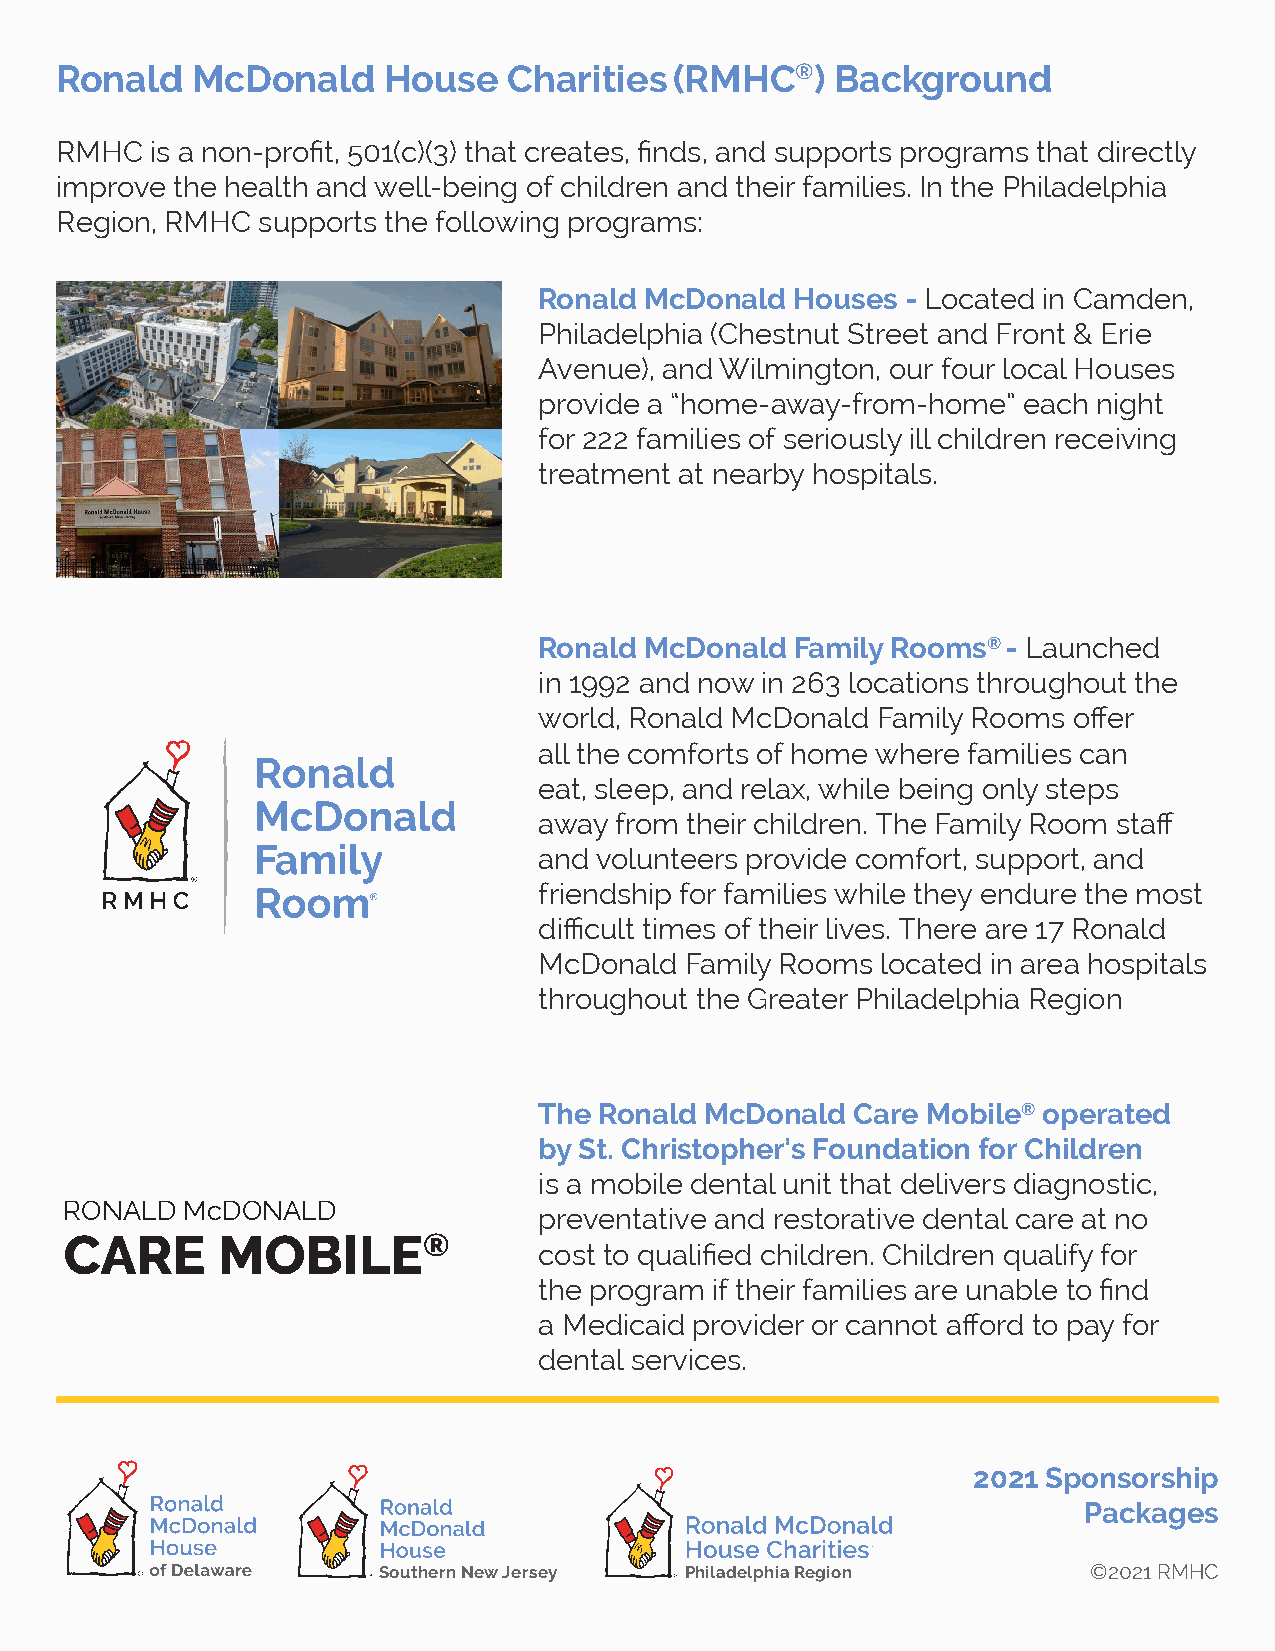
Ronald   McDonald    House    Charities  (RMHC®)   Background
 RMHC  is a non-profit, 501(c)(3) that creates, finds, and supports programs that directly
 improve the health and well-being of children and their families. In the Philadelphia
 Region, RMHC supports the following programs:
 Ronald McDonald  Houses - Located in Camden,
 Philadelphia (Chestnut Street and Front & Erie
 Avenue), and Wilmington, our four local Houses
 provide a “home-away-from-home” each night
 for 222 families of seriously ill children receiving
 treatment at nearby hospitals.
 Ronald McDonald  Family Rooms® - Launched
 in 1992 and now in 263 locations throughout the
 world, Ronald McDonald Family Rooms offer
 all the comforts of home where families can
 eat, sleep, and relax, while being only steps
 away from their children. The Family Room staff
 and volunteers provide comfort, support, and
 friendship for families while they endure the most
 difficult times of their lives. There are 17 Ronald
 McDonald Family Rooms located in area hospitals
 throughout the Greater Philadelphia Region
 The Ronald McDonald  Care Mobile® operated
 by St. Christopher’s Foundation for Children
 is a mobile dental unit that delivers diagnostic,
 RONALD  McDONALD
 preventative and restorative dental care at no
 CARE      MOBILE®
 cost to qualified children. Children qualify for
 the program if their families are unable to find
 a Medicaid provider or cannot afford to pay for
 dental services.
 2021 Sponsorship
 Packages
 Southern New Jersey Philadelphia Region        ©2021 RMHC